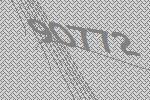
90772